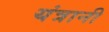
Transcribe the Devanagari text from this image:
यंत्रानी